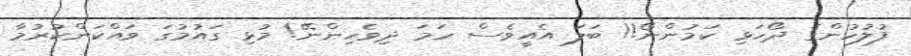
ފުލުހުންގެ ދޯހަޅި ކަމުންނޯ!! ބަލަ އެއީވެސް ހަމަ ދިވެހިންނޭ! މުޅި ގައުމުގަ ވައްކަންކުރުމާ